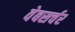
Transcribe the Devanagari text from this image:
वेबसर्चर